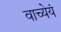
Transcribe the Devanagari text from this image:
वाच्येयं